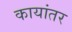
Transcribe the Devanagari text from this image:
कायांतर